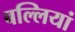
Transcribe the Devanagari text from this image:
बल्लियां